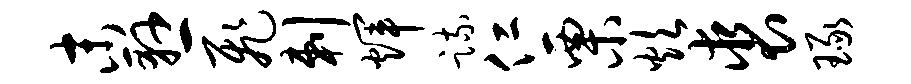
末悬飞剌辉疏仁栗炊裘琢